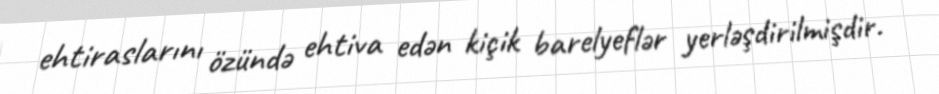
ehtiraslarını özündə ehtiva edən kiçik barelyeflər yerləşdirilmişdir.